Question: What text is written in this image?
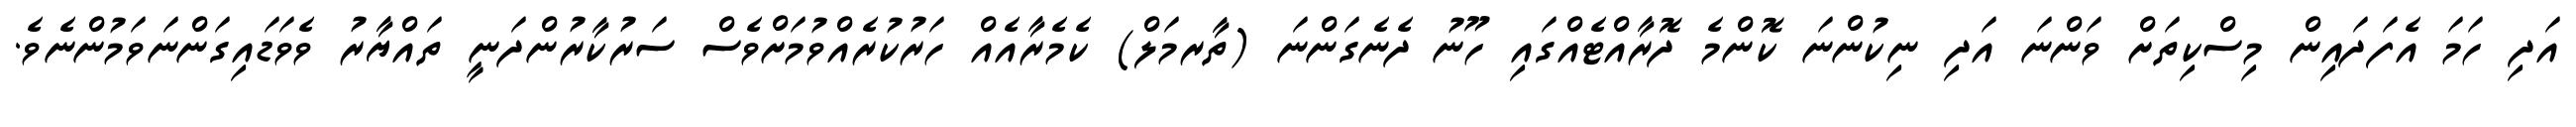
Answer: އަދި ހަމަ އެފަދައިން މިސްކިތަށް ވަންނަ އަދި ނިކުންނަ ކޮންމެ ދޮރާއްޓެއްގައި ހޫނު ދެނެގަންނަ (ތާރމަލް) ކެމެރާއެއް ހަރުކުރެއްވުމަށްވެސް ސަރުކާރުންދަނީ ތައްޔާރު ވެވަޑައިގަންނަވަމުންނެވެ.